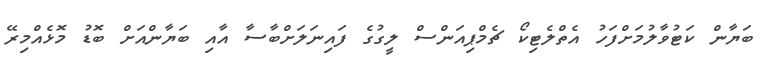
ބަޔާން ކަޓުވާލުމަށްފަހު އެތްލެޓިކޯ ޗެމްޕިއަންސް ލީގުގެ ފައިނަލަށްބާސާ އާއި ބަޔާންއަށް ބޮޑު މޮޅެއްމިރޭ